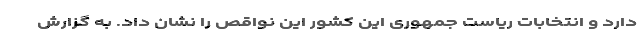
دارد و انتخابات ریاست جمهوری این کشور این نواقص را نشان داد. به گزارش